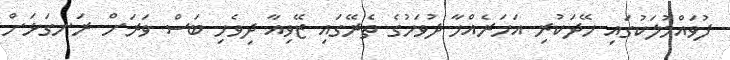
ފުވައްމުލަކުގައި ހޭދަކުރި އަހަރެއްހާ ދުވަހުގެ ތެރޭގައި ޒޭވިއާ ދިވެހި ބަސް ވަރަށް ރަނގަޅަށް